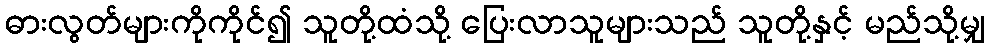
ဓားလွတ်များကိုကိုင်၍ သူတို့ထံသို့ ပြေးလာသူများသည် သူတို့နှင့် မည်သို့မျှ